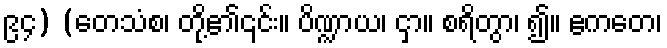
၉၄) (တေသံစ၊ တို့၏၎င်း။ ပိဏ္ဍာယ၊ ငှာ။ စရိတွာ၊ ၍။ ဧကတေ၊